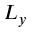
L _ { y }